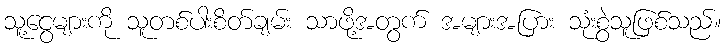
သူ့ငွေများကို သူတစ်ပါးစိတ်ချမ်း သာဖို့အတွက် အများအပြား သုံးစွဲသူဖြစ်သည်။